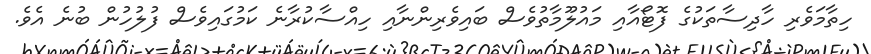
ހިތާމަވެރި ހާދިސާތަކުގެ ފޮޓޯއާއި މައުލޫމާތުވެސް ބައިވެރިންނާއި ހިއްސާކުރާނެ ކަމުގައިވެސް ފުލުހުން ބުނެ އެވެ.